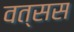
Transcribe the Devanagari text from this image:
वत्सस